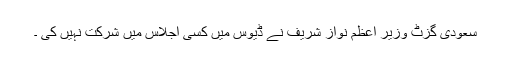
سعودی گزٹ وزیر اعظم نواز شریف نے ڈیوس میں کسی اجلاس میں شرکت نہیں کی ۔